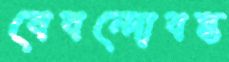
বেবন্দোবস্ত